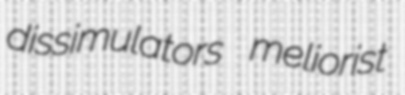
dissimulators meliorist